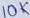
Text: 10K